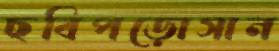
ছবিপড়োসান